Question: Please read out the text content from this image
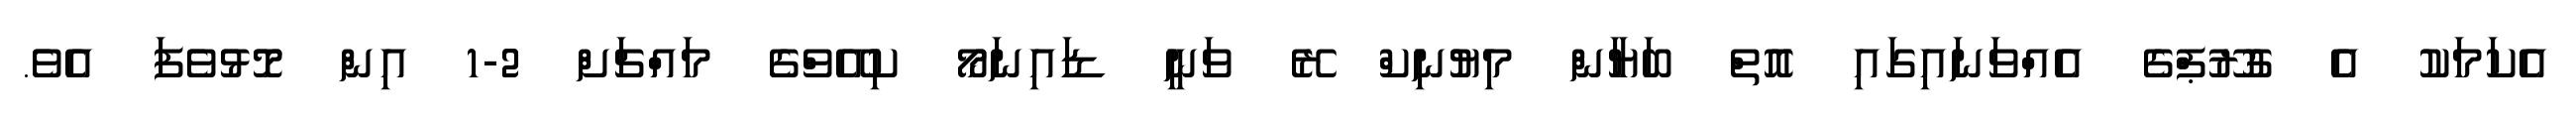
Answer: އެކަމަކު އެ ގުރޫޕްގެ އެއްވަނައިގައި އޮތް ބަޔާން މިޔުނިކް ރޭ ވަނީ ޑައިނަމޯ ކިއޭވްގެ މައްޗަށް 2-1 އިން މޮޅުވެފަ އެވެ.